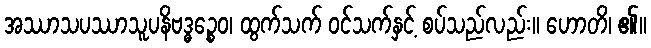
အဿာသပဿာသူပနိဗဒ္ဓဉ္စေဝ၊ ထွက်သက် ဝင်သက်နှင့် စပ်သည်လည်း။ ဟောတိ၊ ၏။